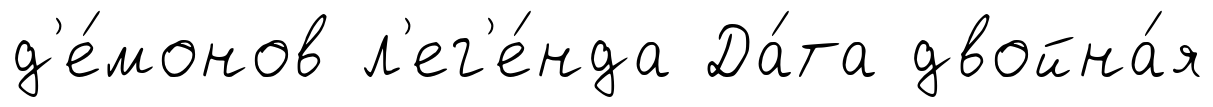
д'е́монов л'ег'е́нда Да́та двойна́я